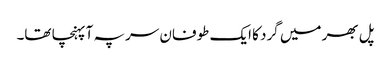
پل بھر میں گرد کا ایک طوفان سر پہ آ پہنچا تھا۔